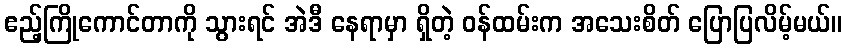
ဧည့်ကြိုကောင်တာကို သွားရင် အဲဒီ နေရာမှာ ရှိတဲ့ ဝန်ထမ်းက အသေးစိတ် ပြောပြလိမ့်မယ်။